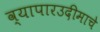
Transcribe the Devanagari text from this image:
व्यापारउदीमाचे